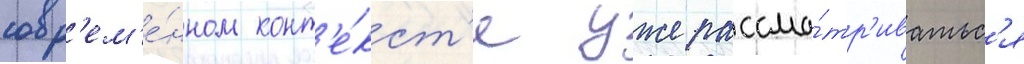
совр'ем'е́нном конт'е́кст'е уже рассма́тр'иватьс'я